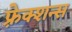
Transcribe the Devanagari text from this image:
फ़्रेक्शन्स